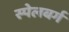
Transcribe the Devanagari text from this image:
स्पेलबर्ग